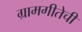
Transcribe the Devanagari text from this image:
ग्रामगीतेची